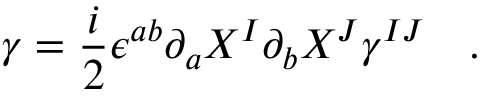
\gamma = \frac { i } { 2 } \epsilon ^ { a b } \partial _ { a } X ^ { I } \partial _ { b } X ^ { J } \gamma ^ { I J } ~ ~ ~ .